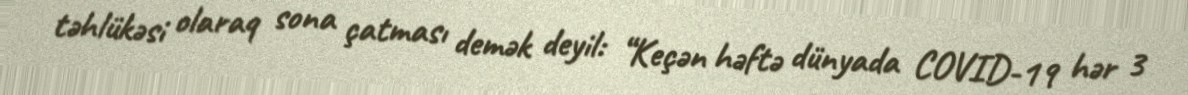
təhlükəsi olaraq sona çatması demək deyil: “Keçən həftə dünyada COVID-19 hər 3